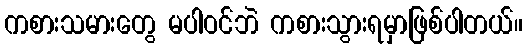
ကစားသမားတွေ မပါဝင်ဘဲ ကစားသွားရမှာဖြစ်ပါတယ်။